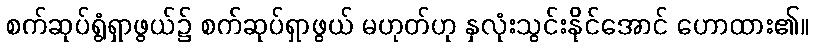
စက်ဆုပ်ရွံရှာဖွယ်၌ စက်ဆုပ်ရှာဖွယ် မဟုတ်ဟု နှလုံးသွင်းနိုင်အောင် ဟောထား၏။